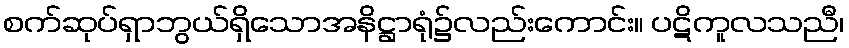
စက်ဆုပ်ရှာဘွယ်ရှိသောအနိဋ္ဌာရုံ၌လည်းကောင်း။ ပဋိကူလသညီ၊